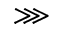
\ggg